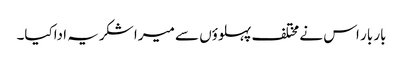
بار بار اس نے مختلف پہلوؤں سے میرا شکریہ اداکیا۔